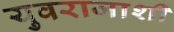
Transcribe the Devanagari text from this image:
युवराजाशी